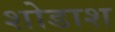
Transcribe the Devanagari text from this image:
शोडाश